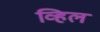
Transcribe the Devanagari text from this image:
व्हिल